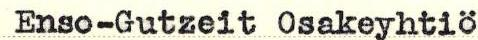
Enso-Gutzeit Osakeyhtiö